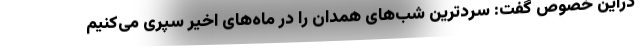
دراین خصوص گفت: سردترین شب‌های همدان را در ماه‌های اخیر سپری می‌کنیم